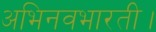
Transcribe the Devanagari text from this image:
अभिनवभारती।